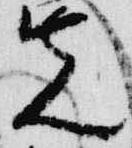
先